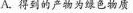
A.得到的产物为绿色物质